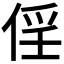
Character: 𠉰